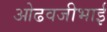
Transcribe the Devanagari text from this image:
ओढवजीभाई